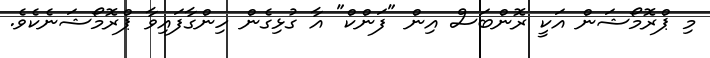
މި ޕްރޮމޯޝަން އަކީ ރޮންބަސް އިން "ފަންކް" އާ ގުޅިގެން ހިންގާފައިވާ ޕްރޮމޯޝަނެކެވެ.